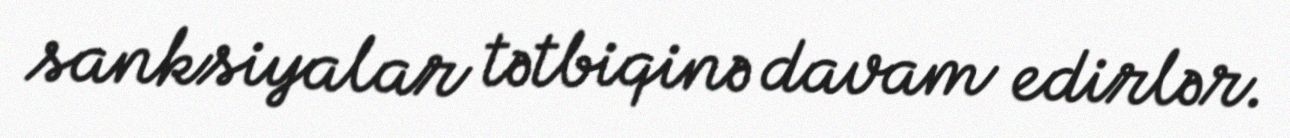
sanksiyalar tətbiqinə davam edirlər.